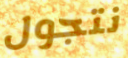
نتجول